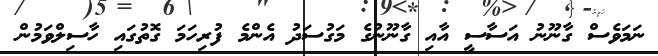
ނަމަވެސް ގާނޫނު އަސާސީ އާއި ގާނޫނުގެ މަގުސަދު އެންމެ ފުރިހަމަ ގޮތުގައި ހާސިލްވަމުން